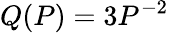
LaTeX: Q(P)=3P^{-2}